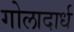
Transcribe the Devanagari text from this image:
गोलादार्ध